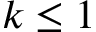
k \leq 1